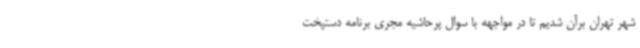
شهر تهران برآن شدیم تا در مواجهه با سوال پرحاشیه مجری برنامه دستپخت